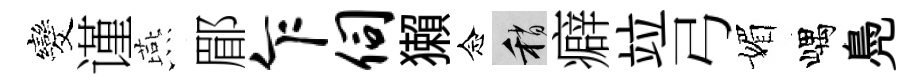
发谨燕郿乍伺獺念稍癖竝弓媚嵎鳧